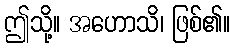
ဤသို့။ အဟောသိ၊ ဖြစ်၏။